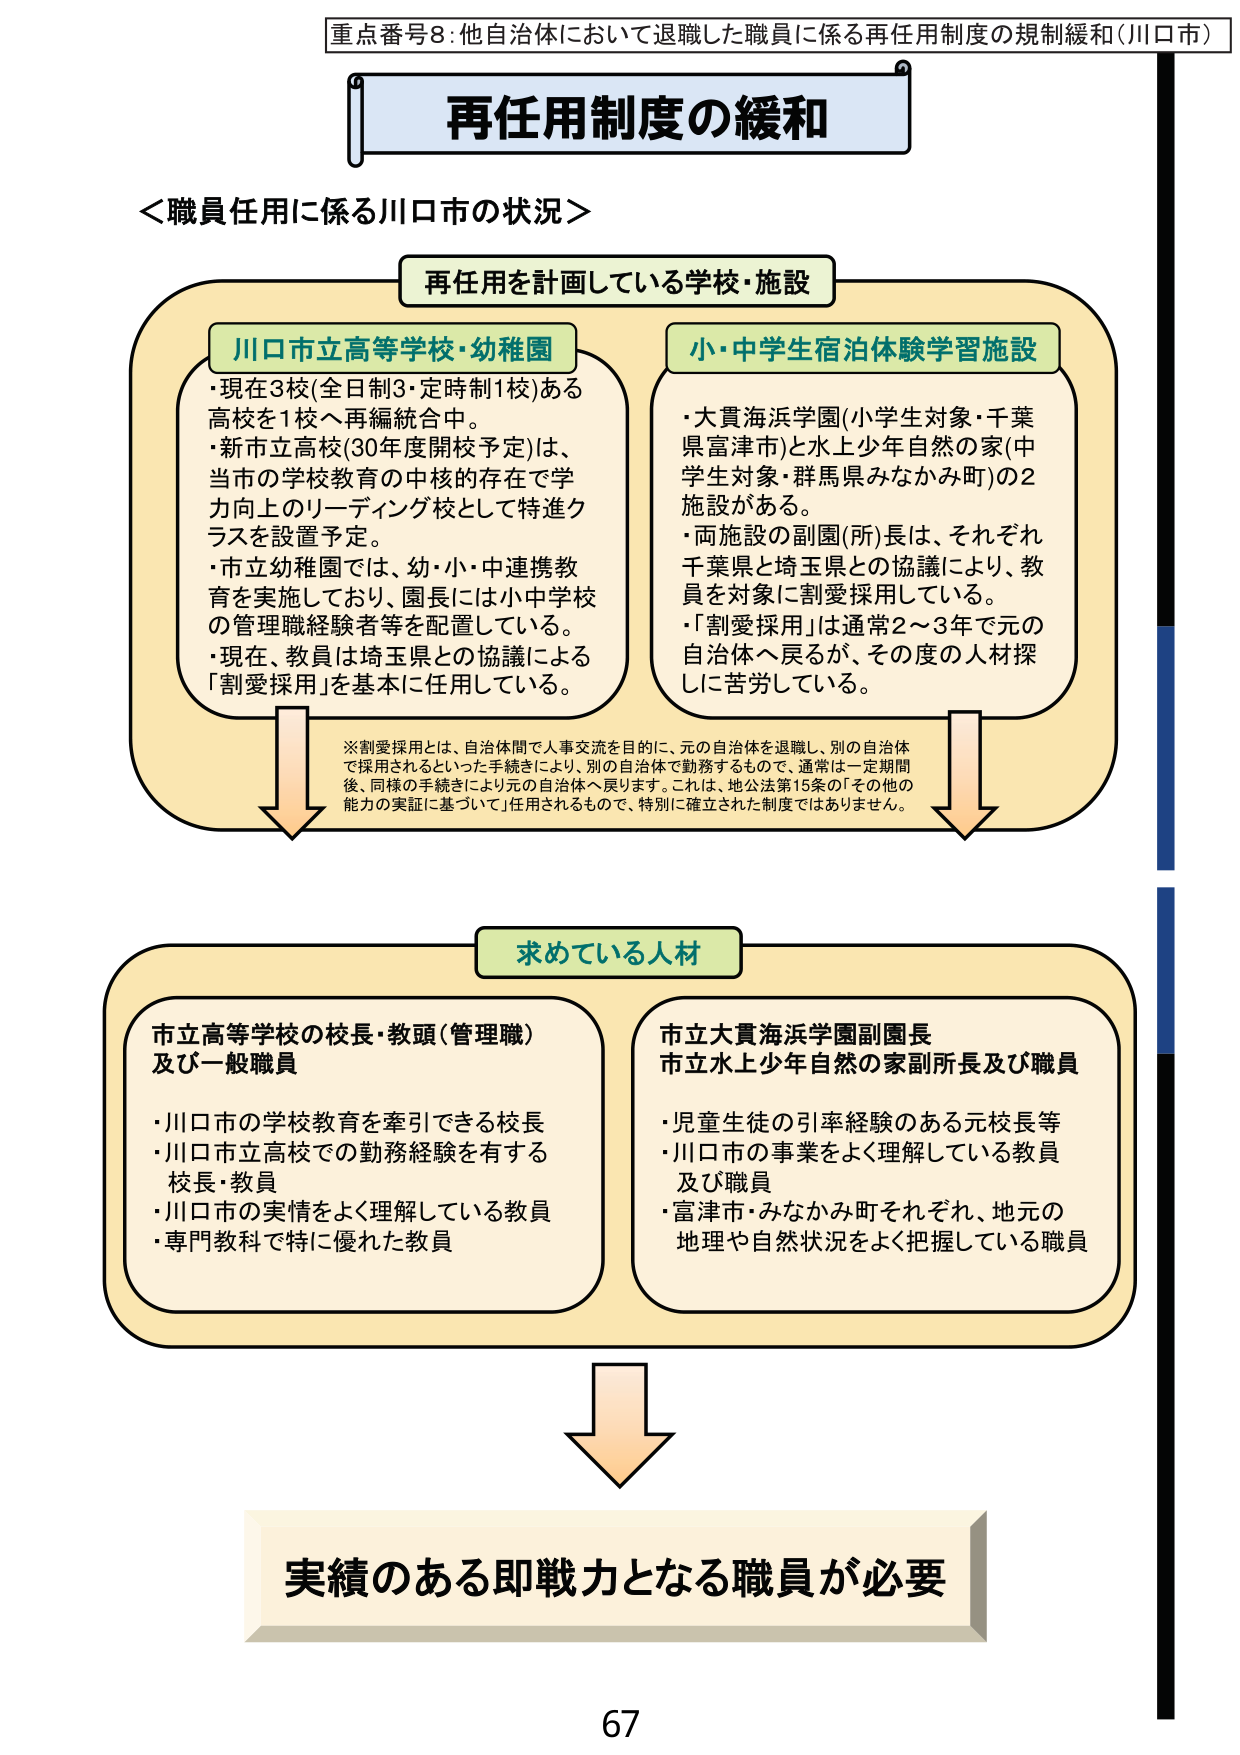
重点番号8:他自治体において退職した職員に係る再任用制度の規制緩和(川口市)

再任用制度の緩和

＜職員任用に係る川口市の状況＞

再任用を計画している学校・施設

川口市立高等学校・幼稚園
・現在3校(全日制3・定時制1校)ある高校を1校へ再編統合中。
・新市立高校(30年度開校予定)は、当市の学校教育の中核の存在で学力向上のリーディング校として特進クラスを設置予定。
・市立幼稚園では、幼・小・中連携教育を実施しており、園長には小中学校の管理職経験者等を配置している。
・現在、教員は埼玉県との協議による「割愛採用」を基本に任用している。

小・中学生宿泊体験学習施設
・大貫海浜学園(小学生対象・千葉県富津市)と水上少年自然の家(中学生対象・群馬県みなかみ町)の2施設がある。
・両施設の副園(所)長は、それぞれ千葉県と埼玉県との協議により、教員を対象に割愛採用している。
・「割愛採用」は通常2～3年で元の自治体へ戻るが、その度の人材探しに苦労している。

※割愛採用とは、自治体間で人事交流を目的に、元の自治体を退職し、別の自治体で採用されるといった手続きにより、別の自治体で勤務するもので、通常は一定期間後、同様の手続きにより元の自治体へ戻ります。これは、地公法第15条の「その他の能力の実証に基づいて」任用されるもので、特別に確立された制度ではありません。

求めている人材

市立高等学校の校長・教頭(管理職)及び一般職員
・川口市の学校教育を牽引できる校長
・川口市立高校での勤務経験を有する校長・教員
・川口市の実情をよく理解している教員
・専門教科で特に優れた教員

市立大貫海浜学園副園長
市立水上少年自然の家副所長及び職員
・児童生徒の引率経験のある元校長等
・川口市の事業をよく理解している教員及び職員
・富津市・みなかみ町それぞれ、地元の地理や自然状況をよく把握している職員

実績のある即戦力となる職員が必要

67